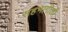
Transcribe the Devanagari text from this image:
सहभागीली